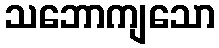
သဘောကျသော